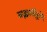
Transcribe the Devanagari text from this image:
ब्रह्मविदों